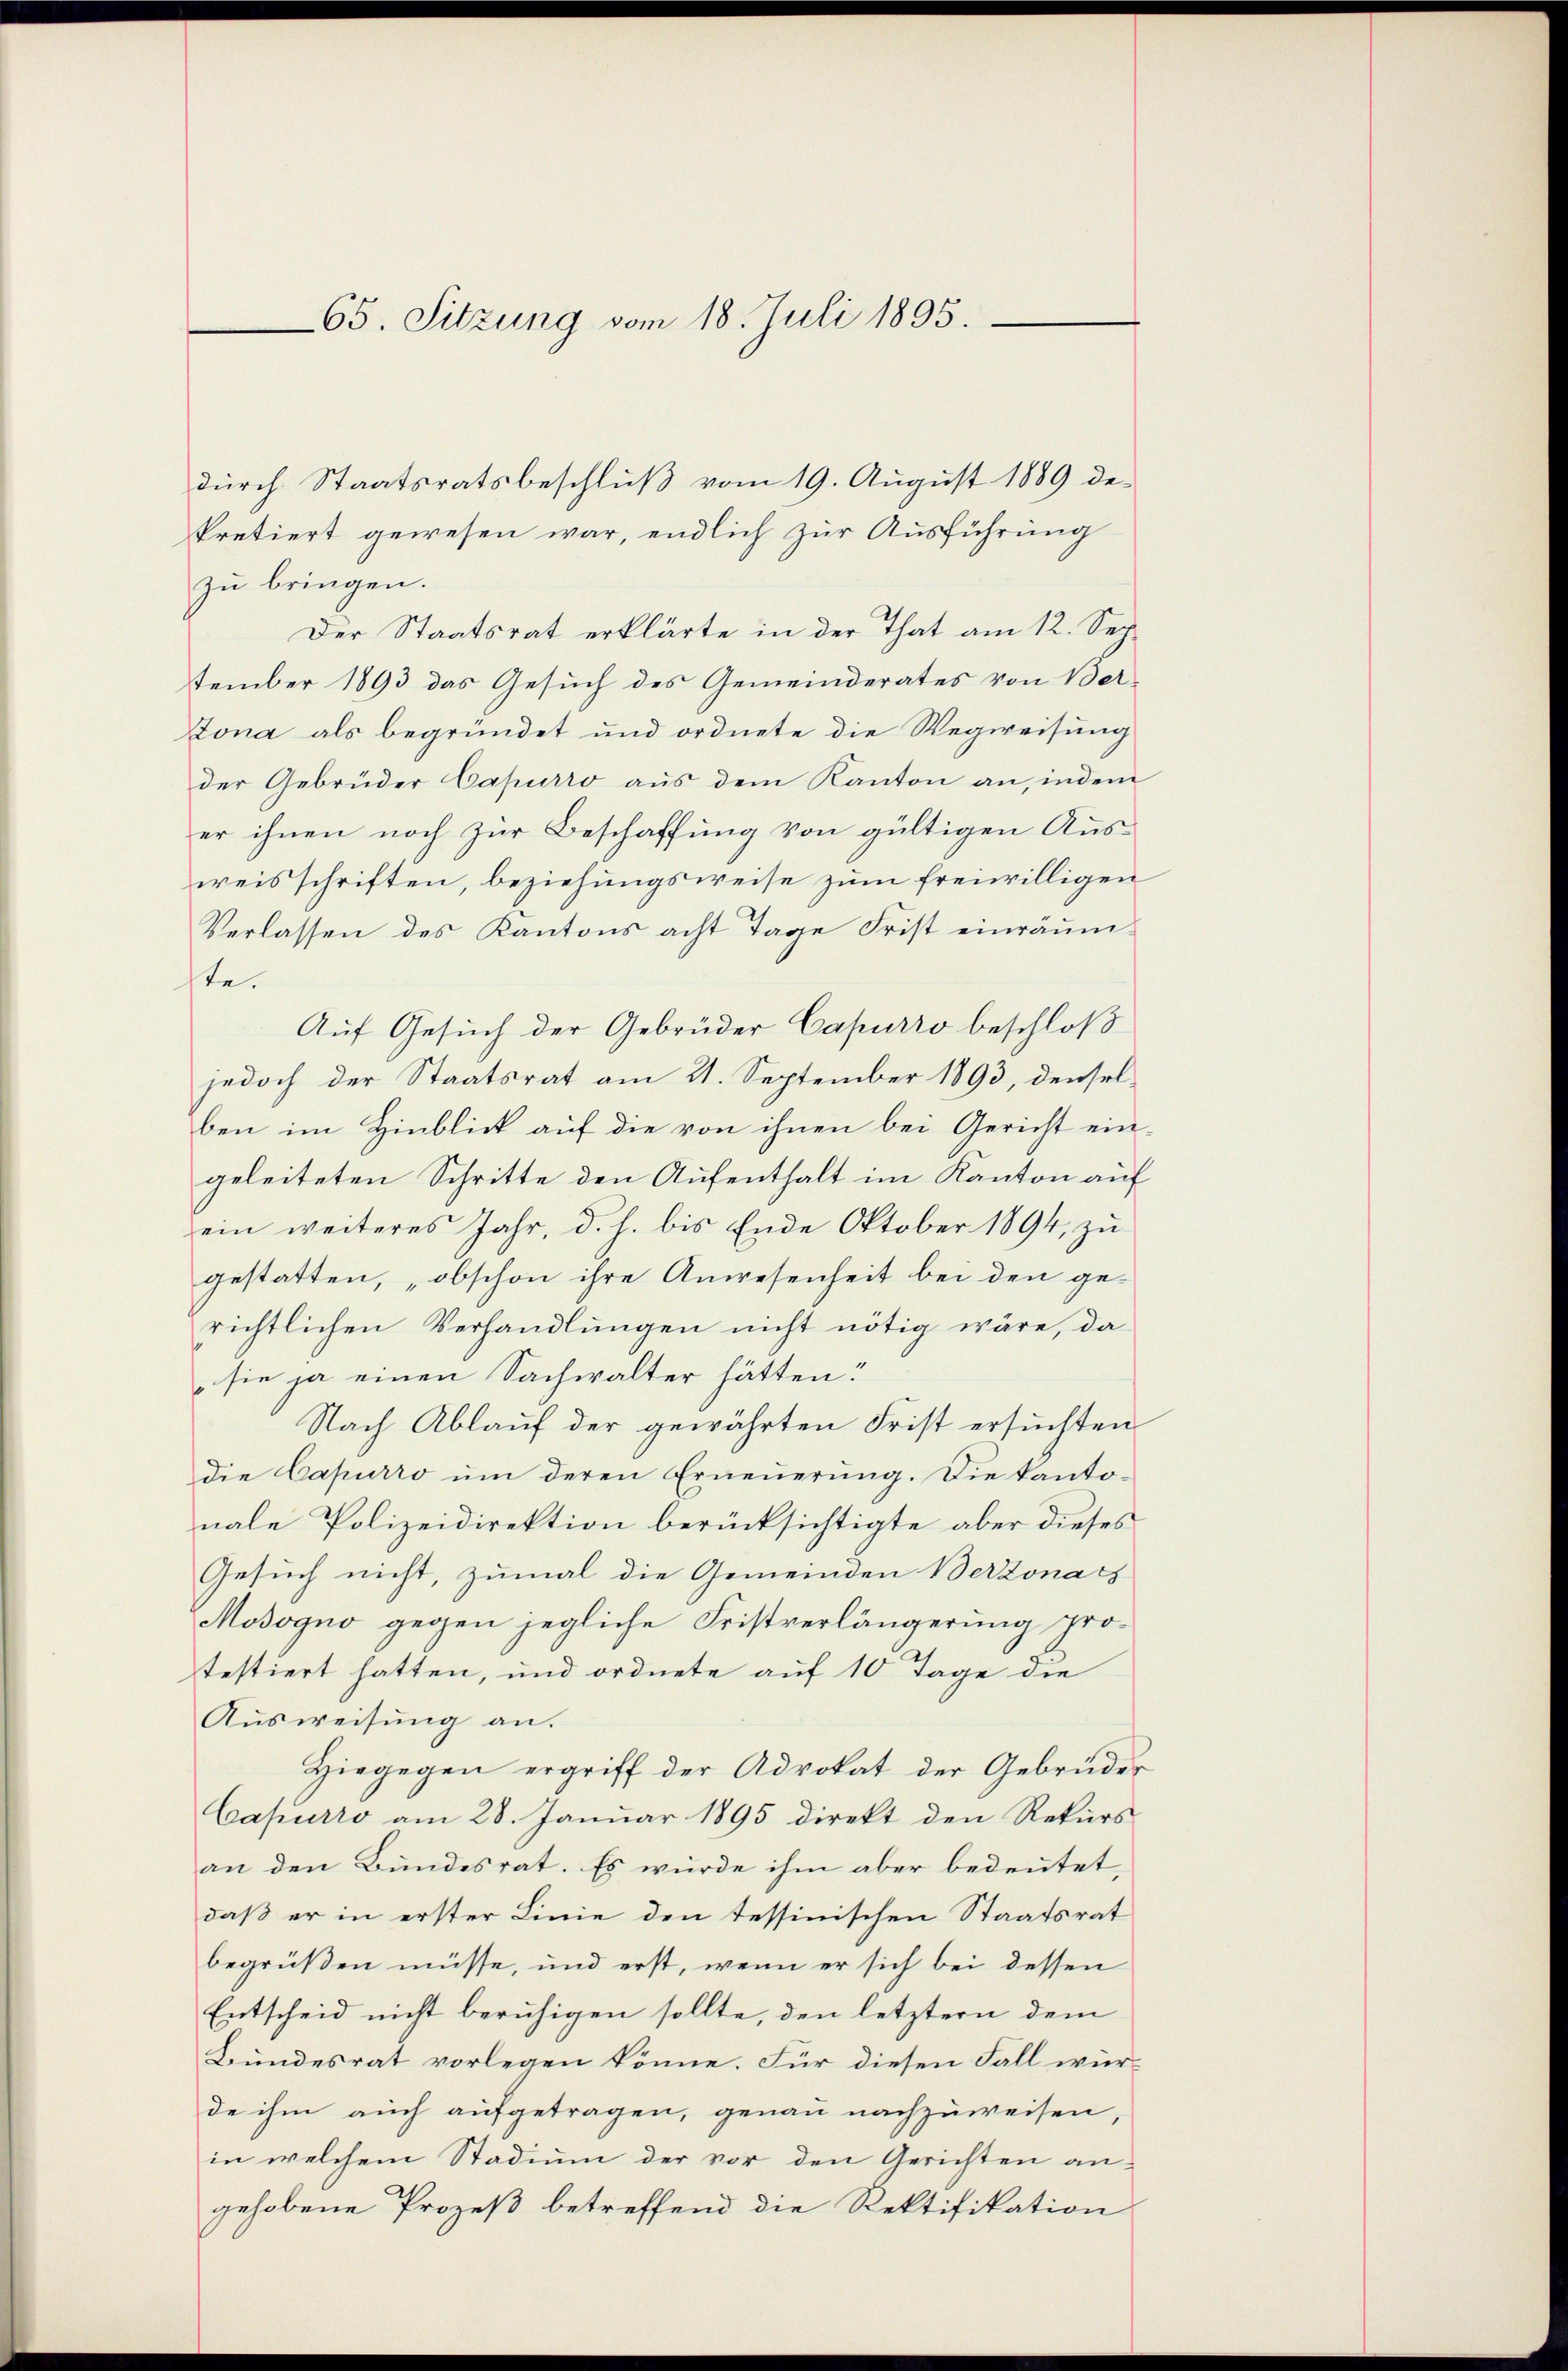
65. Sitzung vom 18. Juli 1895.

durch Staatsratsbeschluß vom 19. August 1889 de¬

kretiert gewesen war, endlich zur Ausführung
zu bringen.
Der Staatsrat erklärte in der That am 12. Sep
tember 1893 das Gesuch des Gemeinderates von Ber
Sona als begründet und ordnete die Wegweisung
der Gebrüder Capurro aus dem Kanton an, indem
er ihnen noch zur Beschaffung von gültigen Aus-
weisschriften, beziehungsweise zum freiwilligen
Verlassen des Kantons acht Tage Frist einräumste.
Auf Gesuch der Gebrüder Capurro beschloß
jedoch der Staatsrat am 21. September 1893, denselben im Hinblick auf die von ihnen bei Gericht ein
geleiteten Schritte den Aufenthalt im Kanton auf
ein weiteres Jahr, d. h. bis Ende Oktober 1894, zu
gestatten, „obschon ihre Anwesenheit bei den gerichtlichen Verhandlungen nicht nötig wäre, da
sie ja einen Sachwalter hätten:
Nach Ablauf der gewährten Frist ersuchten
die Capurro ŭm deren Erneuerung. Die Kanto-
nale Polizeidirektion berücksichtigte aber dieses
Gesuch nicht, zumal die Gemeinden Berzonach
Mosogno gegen jegliche Fristverlängerung pro-
testiert hatten, und ordnete auf 10 Tage die
Ausweisung an.
Hiegegen ergriff der Advokat der Gebrüder
Capurro am 28. Januar 1895 direkt den Rekurs
an den Bundesrat. Es würde ihm aber bedeutet,
daß er in erster Linie den tessinischen Staatsrat
begrüßen müsse, und erst, wenn er sich bei dessen
Entscheid nicht beruhigen sollte, den letztern dem
Bundesrat vorlegen könne. Für diesen Fall würde ihm auch aufgetragen, genau nachzuweisen,
in welchem Stadium der vor den Gerichten an-
gehobene Prozeß betreffend die Rektifikation